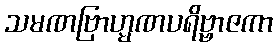
သမဏဗြာဟ္မဏပရိဗ္ဗာဇကာ